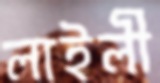
লাইলী